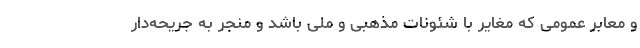
و معابر عمومی که مغایر با شئونات مذهبی و ملی باشد و منجر به جریحه‌دار